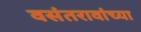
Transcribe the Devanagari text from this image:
वसंतरावांच्‍या